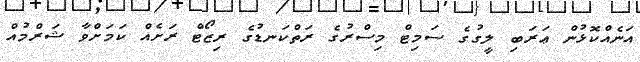
އަނެއްކޮޅުން ޢަރަބި ލީގުގެ ސަމިޓް މިސްރުގެ ރަތްކަނޑުގެ ރިޒޯޓް ރަށެއް ކަމަށްވާ ޝަރްމުއް